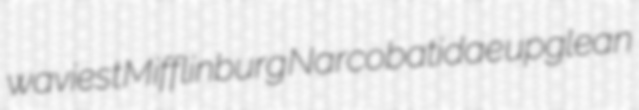
waviest Mifflinburg Narcobatidae upglean